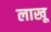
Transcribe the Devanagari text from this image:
लाखू